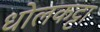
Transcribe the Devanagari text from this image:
धोलकट्टा